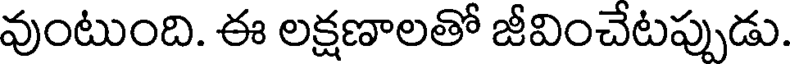
వుంటుంది. ఈ లక్షణాలతో జీవించేటప్పుడు.